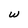
Character: w